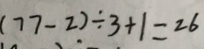
( 7 7 - 2 ) \div 3 + 1 = 2 6